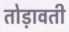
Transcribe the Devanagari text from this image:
तोड़ावती